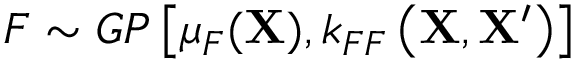
F \sim G P \left[ \mu _ { F } ( \mathbf { X } ) , k _ { F F } \left( \mathbf { X } , \mathbf { X } ^ { \prime } \right) \right]